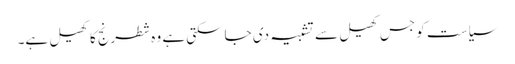
سیاست کو جس کھیل سے تشبیہ دی جاسکتی ہے وہ شطرنج کا کھیل ہے۔